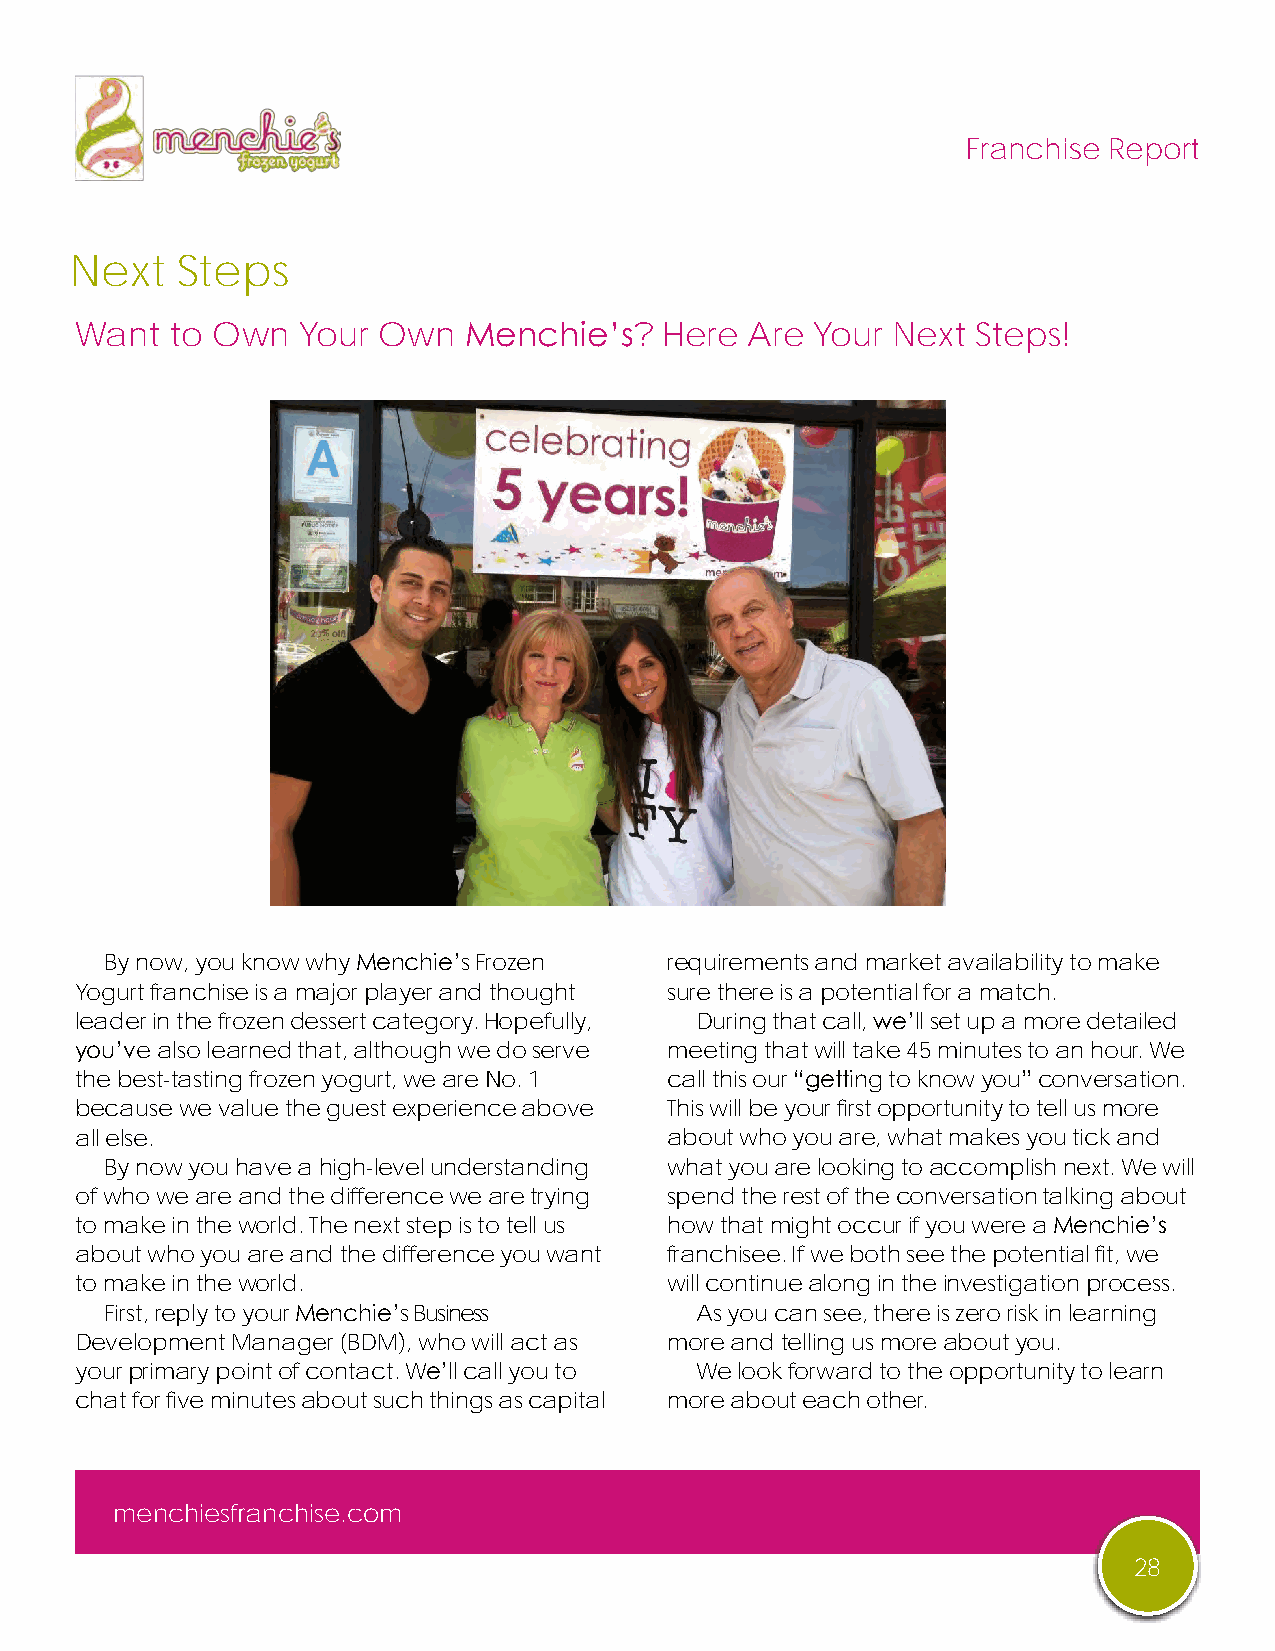
Franchise Report
 Next   Steps
 Want  to Own   Your Own   Menchie’s?   Here Are  Your Next  Steps!
 By now, you know why Menchie’s Frozen requirements and market availability to make
 Yogurt franchise is a major player and thought sure there is a potential for a match.
 leader in the frozen dessert category. Hopefully, During that call, we’ll set up a more detailed
 you’ve also learned that, although we do serve meeting that will take 45 minutes to an hour. We
 the best-tasting frozen yogurt, we are No. 1 call this our “getting to know you” conversation.
 because we value the guest experience above This will be your first opportunity to tell us more
 all else.                              about who you are, what makes you tick and
 By now you have a high-level understanding what you are looking to accomplish next. We will
 of who we are and the difference we are trying spend the rest of the conversation talking about
 to make in the world. The next step is to tell us how that might occur if you were a Menchie’s
 about who you are and the difference you want franchisee. If we both see the potential fit, we
 to make in the world.                  will continue along in the investigation process.
 First, reply to your Menchie’s Business As you can see, there is zero risk in learning
 Development Manager (BDM), who will act as more and telling us more about you.
 your primary point of contact. We’ll call you to We look forward to the opportunity to learn
 chat for five minutes about such things as capital more about each other.
 menchiesfranchise.com
 28